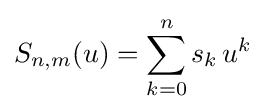
S_{n,m}(u)=\sum _{k=0}^{n}s_{k}\,u^{k}